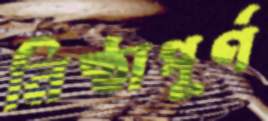
নিষ্ঠাপূর্ণ